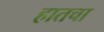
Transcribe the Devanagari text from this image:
हातचा